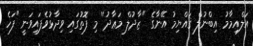
އަލްއިމާމު އިބްނުލް ޤައްޔިމު އޭނާގެ "ޒާދުލް މަޢާދު'' މި ފޮތުގައި ވިދާޅުވެފައިވަނީ "ފަހެ